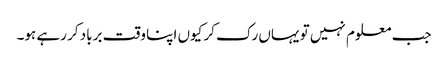
جب معلوم نہیں تو یہاں رک کر کیوں اپنا وقت برباد کر رہے ہو۔